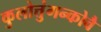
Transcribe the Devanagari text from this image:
कुलोत्तुंगन्कोवै